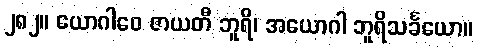
၂၈၂။ ယောဂါဝေ ဇာယတီ ဘူရိ၊ အယောဂါ ဘူရိသင်္ခယော။